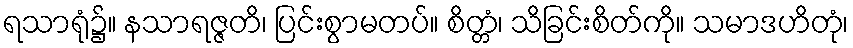
ရသာရုံ၌။ နသာရဇ္ဇတိ၊ ပြင်းစွာမတပ်။ စိတ္တံ၊ သိခြင်းစိတ်ကို။ သမာဒဟိတုံ၊